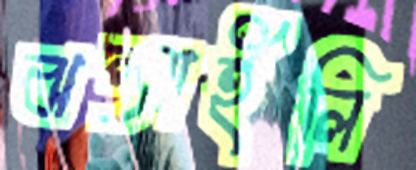
ঝল্‌সাইলি